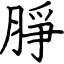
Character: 㬹